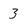
Character: 3